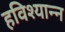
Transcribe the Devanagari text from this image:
हविश्यान्न